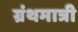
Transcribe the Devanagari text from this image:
ग्रंथमात्री